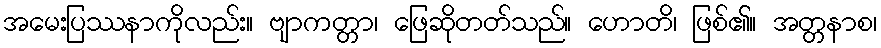
အမေးပြဿနာကိုလည်း။ ဗျာကတ္တာ၊ ဖြေဆိုတတ်သည်။ ဟောတိ၊ ဖြစ်၏။ အတ္တနာစ၊